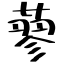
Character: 蓼